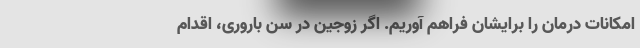
امکانات درمان را برایشان فراهم آوریم. اگر زوجین در سن باروری، اقدام